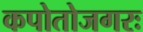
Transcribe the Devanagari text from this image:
कपोतोजगरः